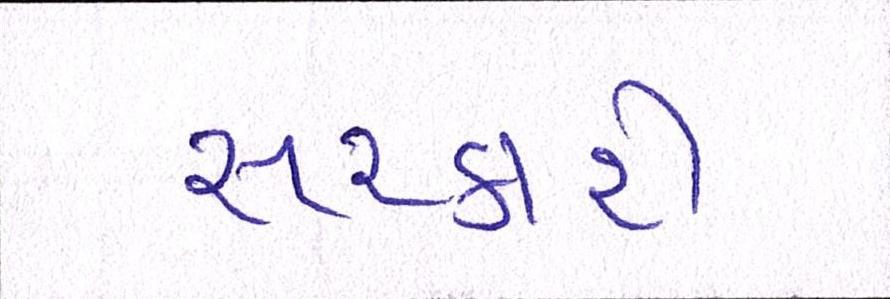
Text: સરકારી